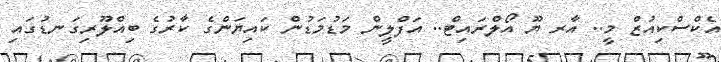
އެކްސްކިއުޒް މީ.. އާރ ޔޫ އޯލްރައިޓް.. އަފްލީން މަޑުމަޑުން ކައިޔަންގެ ކާރުގެ ބިއްލޫރިގަނޑުގައި